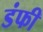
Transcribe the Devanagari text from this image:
डंफी